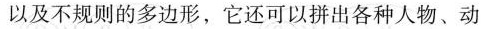
以及不规则的多边形，它还可以拼出各种人物、动